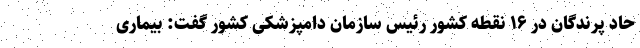
حاد پرندگان در ۱۶ نقطه کشور رئیس سازمان دامپزشکی کشور گفت: بیماری